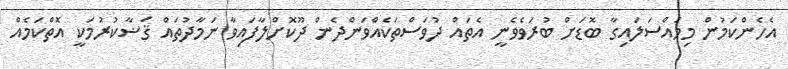
އެހެންކަމުން މިމައްސަލައިގާ ބޮޑަށް ބުރަވެވެނީ އެތައް ދުވަސްތަކެއްވަންދެން ދޫކޮށްލާފައިވާ ނަމާދުތައް ޤަޟާކުރުމަކީ އޮތްކަމެއް